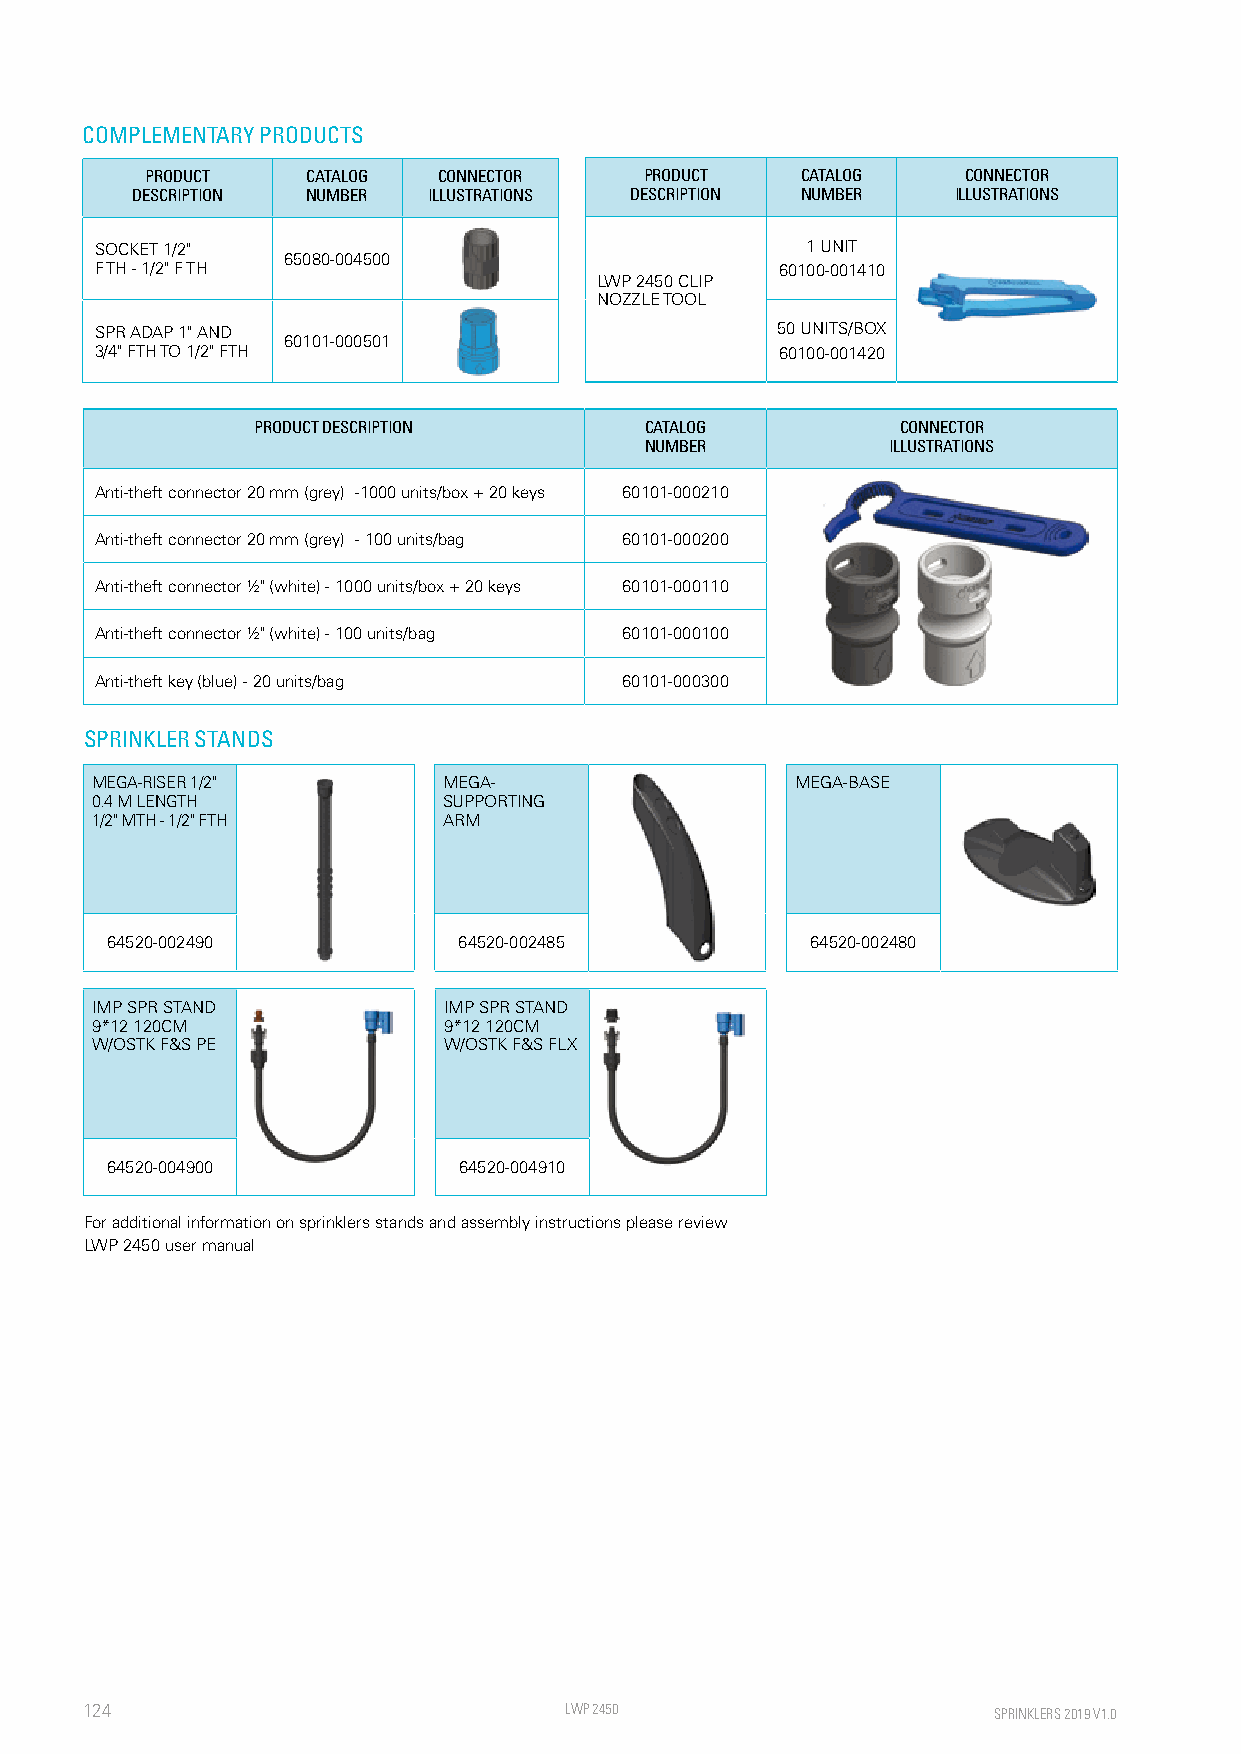
COMPLEMENTARY PRODUCTS
 PRODUCT   CATALOG  CONNECTOR     PRODUCT   CATALOG    CONNECTOR
 DESCRIPTION NUMBER ILLUSTRATIONS DESCRIPTION NUMBER   ILLUSTRATIONS
 SOCKET 1/2"                                    1 UNIT
 65080-004500
 F TH - 1/2" F TH                              60100-001410
 LWP 2450 CLIP
 NOZZLE TOOL
 SPR ADAP 1" AND                              50 UNITS/BOX
 60101-000501
 3/4" FTH TO 1/2" FTH                          60100-001420
 PRODUCT DESCRIPTION       CATALOG          CONNECTOR
 NUMBER          ILLUSTRATIONS
 Anti-theft connector 20 mm (grey) -1000 units/box + 20 keys 60101-000210
 Anti-theft connector 20 mm (grey) - 100 units/bag 60101-000200
 Anti-theft connector ½" (white) - 1000 units/box + 20 keys 60101-000110
 Anti-theft connector ½" (white) - 100 units/bag 60101-000100
 Anti-theft key (blue) - 20 units/bag 60101-000300
 SPRINKLER STANDS
 MEGA-RISER 1/2"        MEGA-                   MEGA-BASE
 0.4 M LENGTH           SUPPORTING
 1/2" MTH - 1/2" FTH    ARM
 64520-002490           64520-002485            64520-002480
 IMP SPR STAND          IMP SPR STAND
 9*12 120CM             9*12 120CM
 W/OSTK F&S PE          W/OSTK F&S FLX
 64520-004900           64520-004910
 For additional information on sprinklers stands and assembly instructions please review
 LWP 2450 user manual
 124                             LWP 2450                     SPRINKLERS 2019 V1.0